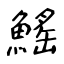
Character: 鰩